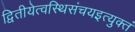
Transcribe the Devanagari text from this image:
द्वितीयेत्वस्थिसंचयइत्युक्तं